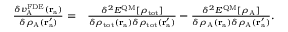
\begin{array} { r l } { \frac { \delta v _ { \mathrm { A } } ^ { \mathrm { F D E } } ( \mathbf { r } _ { \mathrm { a } } ) } { \delta \rho _ { \mathrm { A } } ( \mathbf { r } _ { \mathrm { a } } ^ { \prime } ) } = } & { { } \frac { \delta ^ { 2 } E ^ { \mathrm { Q M } } [ \rho _ { \mathrm { t o t } } ] } { \delta \rho _ { \mathrm { t o t } } ( \mathbf { r } _ { \mathrm { a } } ) \delta \rho _ { \mathrm { t o t } } ( \mathbf { r } _ { \mathrm { a } } ^ { \prime } ) } - \frac { \delta ^ { 2 } E ^ { \mathrm { Q M } } [ \rho _ { \mathrm { A } } ] } { \delta \rho _ { \mathrm { A } } ( \mathbf { r } _ { \mathrm { a } } ) \delta \rho _ { \mathrm { A } } ( \mathbf { r } _ { \mathrm { a } } ^ { \prime } ) } . } \end{array}